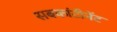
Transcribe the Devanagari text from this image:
सबकांटीनेंट